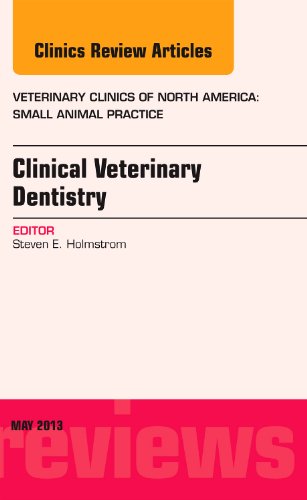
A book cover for Clinical Veterinary Dentistry, An Issue of Veterinary Clinics: Small Animal Practice, 1e (The Clinics: Veterinary Medicine); Steven E. Holmstrom DVM; Medical Books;